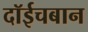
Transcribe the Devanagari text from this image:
दॉईचबान